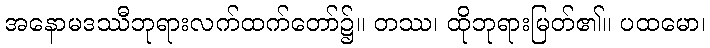
အနောမဒဿီဘုရားလက်ထက်တော်၌။ တဿ၊ ထိုဘုရားမြတ်၏။ ပထမော၊